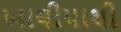
ખાલીપાથી